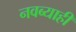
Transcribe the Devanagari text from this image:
नवब्याही